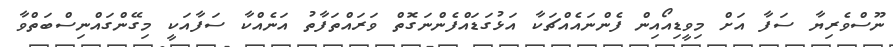
ނޫސްވެރިޔާ ސަފާ އަށް މިވީޑިއޯއިން ފެންނައެއްޗަކާ އަޅުގަޑައްފެންނަގޮތް ވަރައްތަފާތު އަނެއްކާ ސަފާއަކީ މިގޭންގައްނިސްބަތްވާ